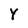
Character: Y